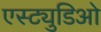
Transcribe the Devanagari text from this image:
एस्ट्युडिओ